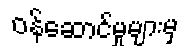
ဝန်ဆောင်မှုများမှ